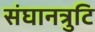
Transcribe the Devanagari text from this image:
संघानत्रुटि